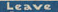
Leave